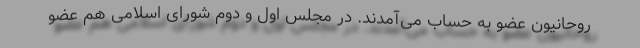
روحانیون عضو به حساب می‌آمدند. در مجلس اول و دوم شورای اسلامی هم عضو